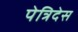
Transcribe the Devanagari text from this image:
पेत्रिदेस